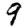
Digit: 9